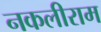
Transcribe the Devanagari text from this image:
नकलीराम